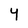
Character: Y